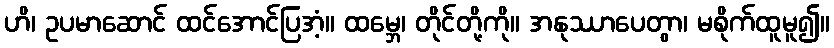
ဟိ၊ ဥပမာဆောင် ထင်အောင်ပြအံ့။ ထမ္ဘေ၊ တိုင်တို့ကို။ အနုဿာပေတွာ၊ မစိုက်ထူမူ၍။